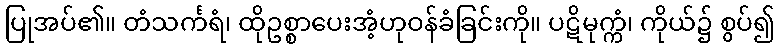
ပြုအပ်၏။ တံသင်္ကရံ၊ ထိုဥစ္စာပေးအံ့ဟုဝန်ခံခြင်းကို။ ပဋိမုက္ကံ၊ ကိုယ်၌ စွပ်၍